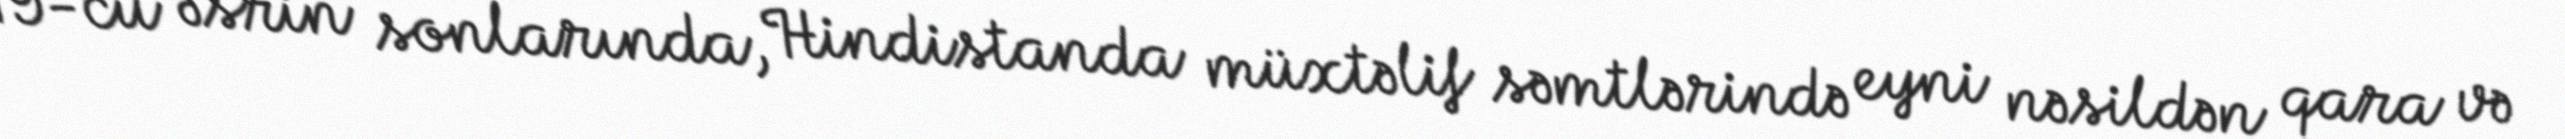
19-cu əsrin sonlarında, Hindistanda müxtəlif səmtlərində eyni nəsildən qara və